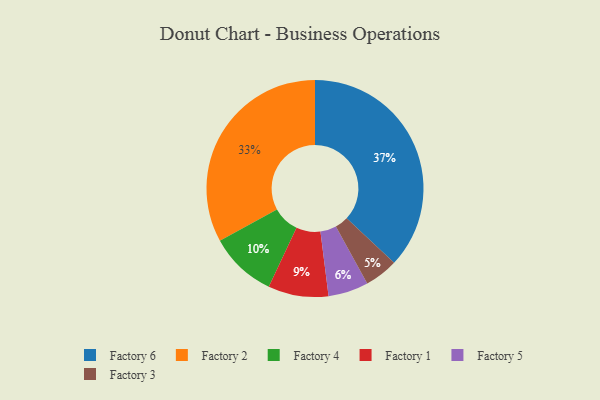
{"axis": {"x": "Category", "y": "Percentage"}, "legend": ["Factory 1", "Factory 2", "Factory 3", "Factory 4", "Factory 5", "Factory 6"], "data": [{"x": "Factory 4", "y": 10, "type": "Factory 4"}, {"x": "Factory 3", "y": 5, "type": "Factory 3"}, {"x": "Factory 6", "y": 37, "type": "Factory 6"}, {"x": "Factory 2", "y": 33, "type": "Factory 2"}, {"x": "Factory 5", "y": 6, "type": "Factory 5"}, {"x": "Factory 1", "y": 9, "type": "Factory 1"}]}